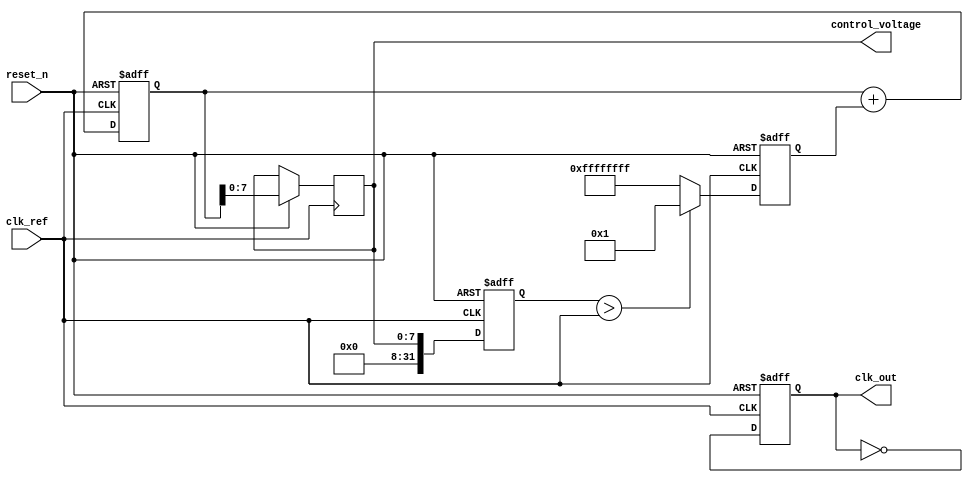
module fractional_PLL (
    input wire clk_ref,         // Reference clock input
    input wire reset_n,         // Active low reset
    output reg clk_out,         // Output clock
    output reg [7:0] control_voltage // Control voltage to VCO (for simplicity)
);

// Parameters
parameter DIV_BITS = 8;       // Number of bits for division
parameter FRACTIONAL_BITS = 4; // Number of bits for fractional part

// Internal signals
reg [DIV_BITS-1:0] divider;   // Divider for fractional division
reg [FRACTIONAL_BITS-1:0] frac_part; // Fractional part for division
reg [31:0] phase_error;        // Phase error output from phase detector
reg [31:0] filtered_error;     // Filtered error signal from loop filter
reg [31:0] vco_output;         // Output frequency from VCO

// Phase Detector (PFD) implementation
always @(posedge clk_ref or negedge reset_n) begin
    if (!reset_n) begin
        phase_error <= 0;
    end else begin
        // Simple phase error calculation (for demonstration)
        // This should be replaced with a proper phase detection logic
        phase_error <= (vco_output > clk_ref) ? 1 : -1; 
    end
end

// Loop Filter implementation (simple first-order filter)
always @(posedge clk_ref or negedge reset_n) begin
    if (!reset_n) begin
        filtered_error <= 0;
    end else begin
        // Simple integration of phase error
        filtered_error <= filtered_error + phase_error;
        control_voltage <= filtered_error[7:0]; // Control voltage limited to 8 bits
    end
end

// Voltage-Controlled Oscillator (VCO)
always @(posedge clk_ref or negedge reset_n) begin
    if (!reset_n) begin
        vco_output <= 0;
        clk_out <= 0;
    end else begin
        // Adjust VCO frequency based on control voltage
        vco_output <= control_voltage; // This is a placeholder for VCO behavior
        
        // Generate output clock (simple toggle for demonstration)
        clk_out <= ~clk_out; 
    end
end

// Fractional Divider
always @(posedge clk_ref or negedge reset_n) begin
    if (!reset_n) begin
        divider <= 0;
        frac_part <= 0;
    end else begin
        // Simple fractional division logic
        // This should be replaced with actual logic to handle fractional dividers
        if (divider < (1 << FRACTIONAL_BITS) - 1) begin
            divider <= divider + 1;
        end else begin
            divider <= 0;
            // Here we would normally toggle the output or change the clock frequency
        end
    end
end

endmodule